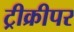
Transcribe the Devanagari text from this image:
ट्रीक्रीपर